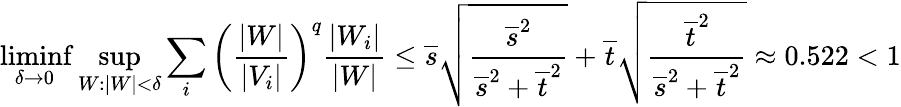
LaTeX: \operatorname*{liminf}_{\delta\to 0}\operatorname*{sup}_{W:|W|<\delta}\sum_{i}\left(\frac{|W|}{|V_{i}|}\right)^{q}\frac{|W_{i}|}{|W|}\leq\overline{{s}}\sqrt{\frac{\overline{{s}}^{2}}{\overline{{s}}^{2}+\overline{{t}}^{2}}}+\overline{{t}}\sqrt{\frac{\overline{{t}}^{2}}{\overline{{s}}^{2}+\overline{{t}}^{2}}}\approx 0.522<1